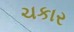
ચકાર